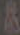
&